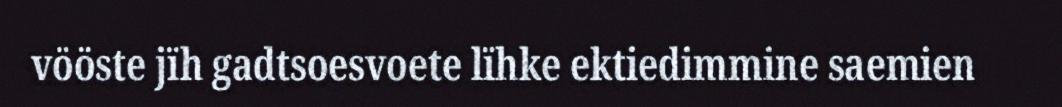
vööste jïh gadtsoesvoete lïhke ektiedimmine saemien